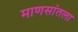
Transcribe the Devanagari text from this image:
माणसांतला